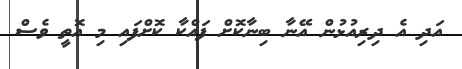
އަދި އެ ދިރިއުޅުން އޭނާ ބިނާކޮށް ފައްކާ ކޮށްފައި މި އޮތީ ވެސް